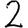
Digit: 2